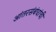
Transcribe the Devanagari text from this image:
आंतरसंबंधांची